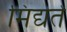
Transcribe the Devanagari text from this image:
मिद्यते